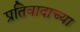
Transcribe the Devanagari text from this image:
प्रतिवादाच्या